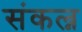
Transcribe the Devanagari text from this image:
संकल्न